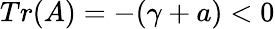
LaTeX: Tr(A)=-(\gamma+a)<0